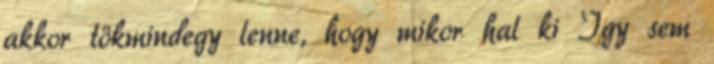
akkor tökmindegy lenne, hogy mikor hal ki Így sem